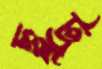
ছুট্টু